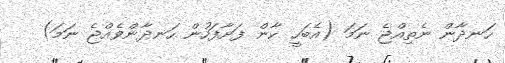
ހަނދާން ނެތިއްޖެ ނަމަ (އެބަހީ ކާން ފަށާފަހުން ހަނދާންވެއްޖެ ނަމަ)